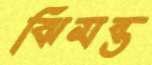
ঝিমন্ত